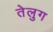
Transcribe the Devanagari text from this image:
तेलुग